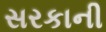
સરકાની